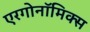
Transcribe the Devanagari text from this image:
एरगोनॉमिक्स